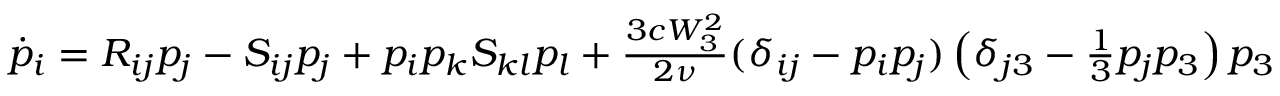
\begin{array} { r } { \dot { p } _ { i } = R _ { i j } p _ { j } - S _ { i j } p _ { j } + p _ { i } p _ { k } S _ { k l } p _ { l } + \frac { 3 c W _ { 3 } ^ { 2 } } { 2 \nu } ( \delta _ { i j } - p _ { i } p _ { j } ) \left( \delta _ { j 3 } - \frac { 1 } { 3 } p _ { j } p _ { 3 } \right) p _ { 3 } } \end{array}